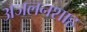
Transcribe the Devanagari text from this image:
अजलनशाह